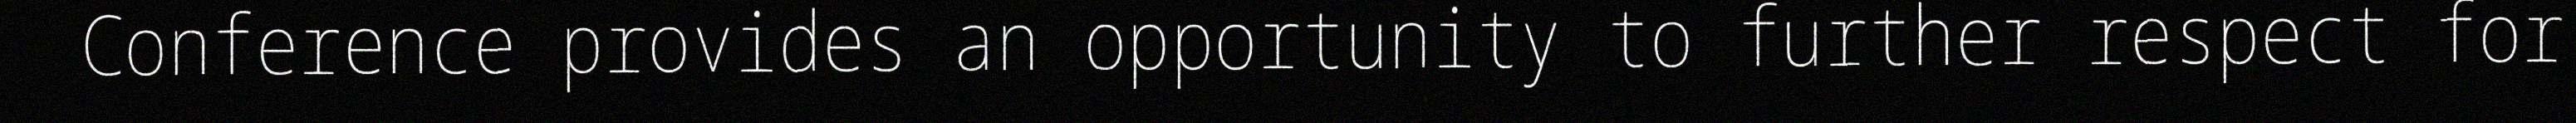
Conference provides an opportunity to further respect for